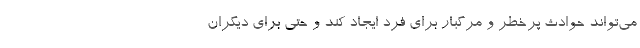
می‌تواند حوادث پرخطر و مرگبار برای فرد ایجاد کند و حتی برای دیگران